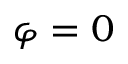
\varphi = 0